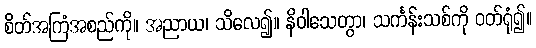
စိတ်အကြံအစည်ကို။ အညာယ၊ သိလေ၍။ နိဝါသေတွာ၊ သင်္ကန်းသစ်ကို ဝတ်ရုံ၍။